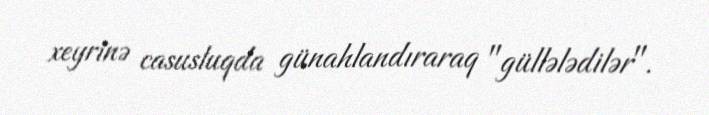
xeyrinə casusluqda günahlandıraraq "güllələdilər".